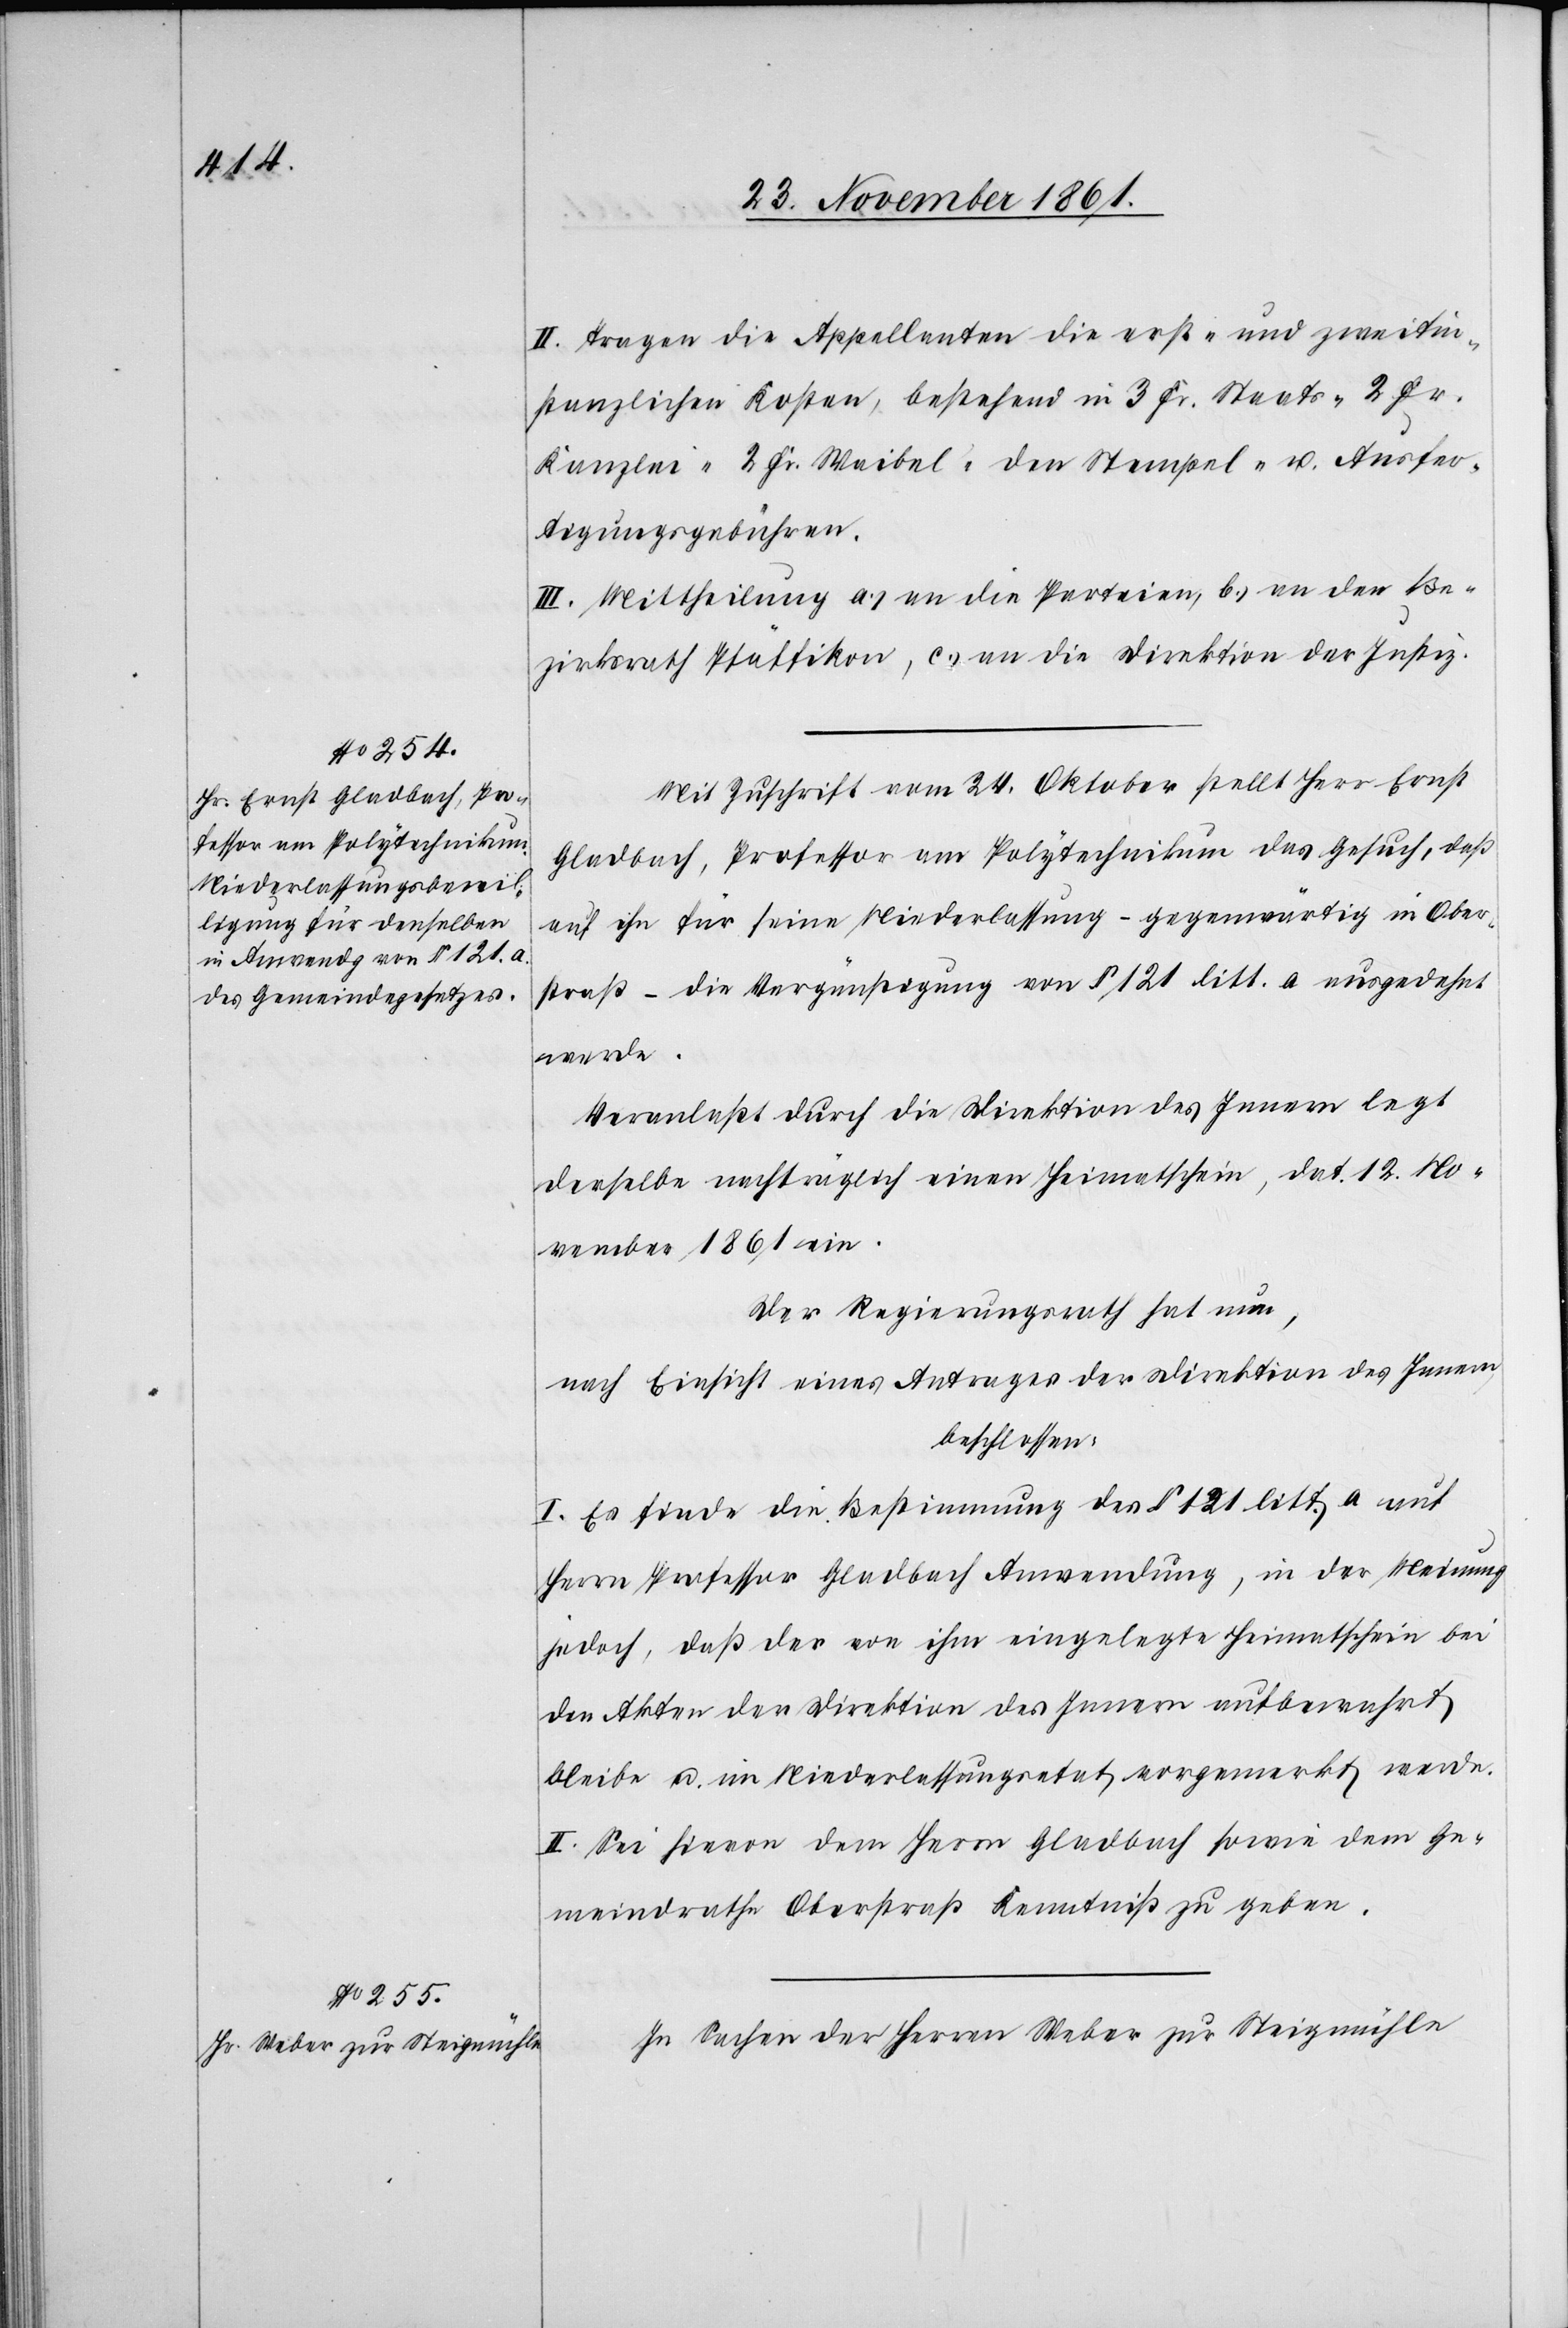
II. Tragen die Appellanten die erst- und zweitin¬
stanzlichen Kosten, bestehend in 3 Fr. Staats- 2 Fr.
Kanzlei- 2 Fr. Waibel- den Stempel- u. Ausfer¬
tigungsgebühren.
III. Mittheilung a.) an die Parteien, b.) an den Be¬
zirksrath Pfäffikon, c.) an die Direktion der Justiz.
Mit Zuschrift vom 24 Oktober stellt Herr Ernst
Gladbach, Professor am Polytechnikum das Gesuch, daß
auf ihn für seine Niederlassung – gegenwärtig in Ober¬
straß – die Vergünstigung von § 121 litt. a ausgedehnt
werde.
Veranlaßt durch die Direktion des Innern legt
derselbe nachträglich einen Heimatschein, dat. 12 No¬
vember 1861 ein.
Der Regierungsrath hat nun,
nach Einsicht eines Antrages der Direktion des Innern,
beschlossen:
I. Es finde die Bestimmung des § 121 litt. a auf
Herrn Professor Gladbach Anwendung, in der Meinung
jedoch, daß der von ihm eingelegte Heimatschein bei
den Akten der Direktion des Innern aufbewahrt
bleibe u. im Niederlassungsgesetz vorgemerkt werde.
II. Sei hievon dem Herrn Gladbach sowie dem Ge¬
meindrathe Oberstraß Kenntniß zu geben.